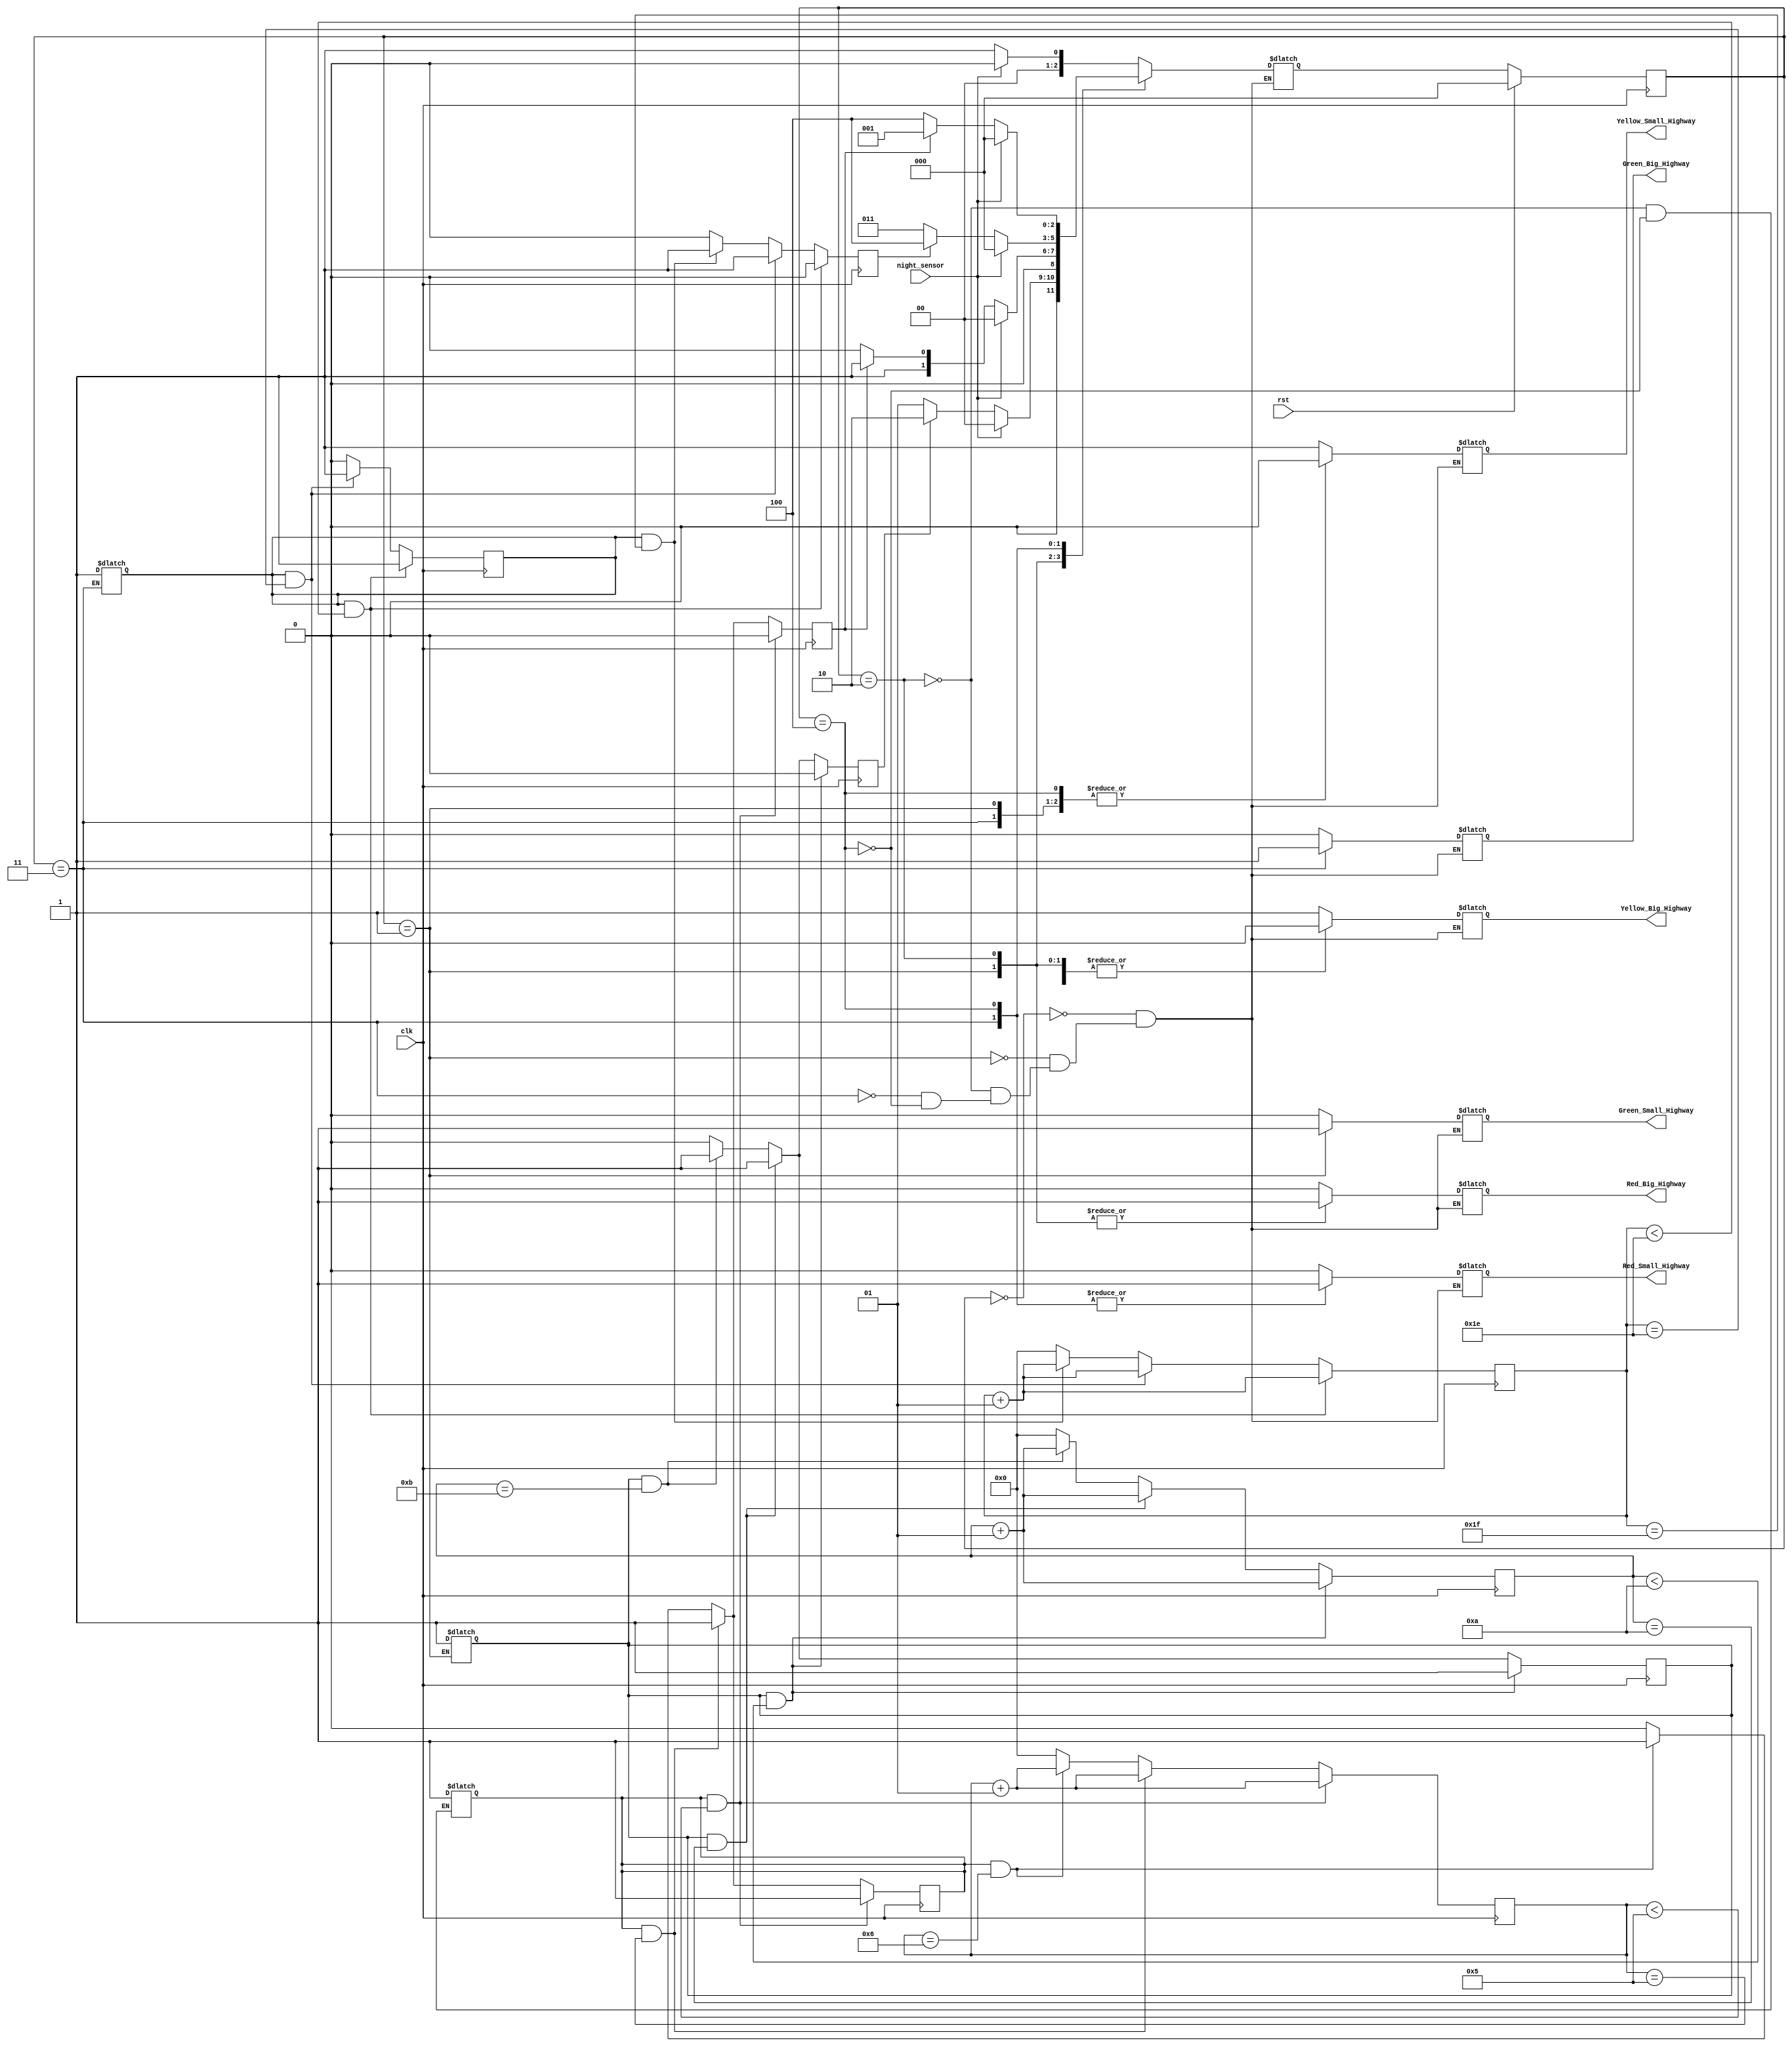
`timescale 1ns / 1ps
//////////////////////////////////////////////////////////////////////////////////
// Company: 
// 
// Design Name: 
// Module Name: TLC
// Project Name: 
// Target Devices: 
// Tool Versions: 
// Description: 
// 
// Dependencies: 
// 
// Revision:
// Revision 0.01 - File Created
// Additional Comments:
// 
//////////////////////////////////////////////////////////////////////////////////


module TLC(
            input clk,
            input rst,
            input night_sensor,
            output reg Red_Big_Highway,
            output reg Red_Small_Highway,
            output reg Yellow_Big_Highway,
            output reg Yellow_Small_Highway,
            output reg Green_Big_Highway,
            output reg Green_Small_Highway
            );
////// BIG HIGHWAY____Small HIGHWAY///////////
parameter Yellow_Yellow = 0;
parameter Red_Green = 1;
parameter Red_Yellow = 2;
parameter Green_Red = 3;
parameter Yellow_Red = 4;
//////////////////////////////////////////////
integer Counter_Delay_5Count_Yellow = 0;
integer Counter_Delay_10Count_Green_Small = 0;
integer Counter_Delay_30Count_Green_Big = 0;
//////////////////////////////////////////////
reg [2:0] Present_State, Next_State;
reg Counter_Delay_5Count_Yellow_Pulse = 0;///////
reg Counter_Delay_10Count_Green_Small_Pulse = 0;//////
reg Counter_Delay_30Count_Green_Big_Pulse = 0;///////
//////////////////////////////////////////////
reg En_Counter_Delay_5Count_Yellow_Pulse = 0;///////
reg En_Counter_Delay_10Count_Green_Small_Pulse = 0;//////
reg En_Counter_Delay_30Count_Green_Big_Pulse = 0;///////
//////////////////////////////////////////////
initial begin
Present_State = Yellow_Yellow;
end
//////////////////////////////////////////////
always@(posedge clk)
    begin
        if (rst)
            Present_State = Yellow_Yellow;
        else 
            Present_State = Next_State;
    end
//////////////////////////////////////////////
always@(posedge clk)
begin
    if (En_Counter_Delay_5Count_Yellow_Pulse ==1 && Counter_Delay_5Count_Yellow < 5) begin
        Counter_Delay_5Count_Yellow = Counter_Delay_5Count_Yellow +1;
        Counter_Delay_5Count_Yellow_Pulse = 0;
        En_Counter_Delay_5Count_Yellow_Pulse = 1;
        end
    else if (En_Counter_Delay_5Count_Yellow_Pulse ==1 && Counter_Delay_5Count_Yellow == 5) begin
        Counter_Delay_5Count_Yellow = Counter_Delay_5Count_Yellow +1;
        Counter_Delay_5Count_Yellow_Pulse = 1;
        En_Counter_Delay_5Count_Yellow_Pulse = 1;
        end
    else if (En_Counter_Delay_5Count_Yellow_Pulse ==1 && Counter_Delay_5Count_Yellow == 6) begin
        Counter_Delay_5Count_Yellow = Counter_Delay_5Count_Yellow +1;
        Counter_Delay_5Count_Yellow_Pulse = 1;
        En_Counter_Delay_5Count_Yellow_Pulse = 1;
        end 
    else begin
        Counter_Delay_5Count_Yellow = 0;
        Counter_Delay_5Count_Yellow_Pulse = 0;
        En_Counter_Delay_5Count_Yellow_Pulse = 0;   
        end  
end
////////////////////////////////////////////// 
//////////////////////////////////////////////
always@(posedge clk)
begin
    if (En_Counter_Delay_10Count_Green_Small_Pulse ==1 && Counter_Delay_10Count_Green_Small < 10) begin
        Counter_Delay_10Count_Green_Small = Counter_Delay_10Count_Green_Small +1;
        Counter_Delay_10Count_Green_Small_Pulse = 0;
        En_Counter_Delay_10Count_Green_Small_Pulse = 1;
        end
    else if (En_Counter_Delay_10Count_Green_Small_Pulse ==1 && Counter_Delay_10Count_Green_Small == 10) begin
        Counter_Delay_10Count_Green_Small = Counter_Delay_10Count_Green_Small +1;
        Counter_Delay_10Count_Green_Small_Pulse = 1;
        En_Counter_Delay_10Count_Green_Small_Pulse = 1;
        end
    else if (En_Counter_Delay_10Count_Green_Small_Pulse ==1 && Counter_Delay_10Count_Green_Small == 11) begin
        Counter_Delay_10Count_Green_Small = Counter_Delay_10Count_Green_Small +1;
        Counter_Delay_10Count_Green_Small_Pulse = 1;
        En_Counter_Delay_10Count_Green_Small_Pulse = 1;
        end 
    else begin
        Counter_Delay_10Count_Green_Small = 0;
        Counter_Delay_10Count_Green_Small_Pulse = 0;
        En_Counter_Delay_10Count_Green_Small_Pulse = 0;   
        end  
end
//////////////////////////////////////////////
//////////////////////////////////////////////
always@(posedge clk)
begin
    if (En_Counter_Delay_30Count_Green_Big_Pulse ==1 && Counter_Delay_30Count_Green_Big < 30) begin
        Counter_Delay_30Count_Green_Big = Counter_Delay_30Count_Green_Big +1;
        Counter_Delay_30Count_Green_Big_Pulse = 0;
        En_Counter_Delay_30Count_Green_Big_Pulse = 1;
        end
    else if (En_Counter_Delay_30Count_Green_Big_Pulse ==1 && Counter_Delay_30Count_Green_Big == 30) begin
        Counter_Delay_30Count_Green_Big = Counter_Delay_30Count_Green_Big +1;
        Counter_Delay_30Count_Green_Big_Pulse = 1;
        En_Counter_Delay_30Count_Green_Big_Pulse = 1;
        end
    else if (En_Counter_Delay_30Count_Green_Big_Pulse ==1 && Counter_Delay_30Count_Green_Big == 31) begin
        Counter_Delay_30Count_Green_Big = Counter_Delay_30Count_Green_Big +1;
        Counter_Delay_30Count_Green_Big_Pulse = 1;
        En_Counter_Delay_30Count_Green_Big_Pulse = 0;
        end 
    else begin
        Counter_Delay_30Count_Green_Big = 0;
        Counter_Delay_30Count_Green_Big_Pulse = 0;
        En_Counter_Delay_30Count_Green_Big_Pulse = 0;   
        end  
end
//////////////////////////////////////////////      
always@(*)
    begin
        case(Present_State)
            Yellow_Yellow:begin
                if (night_sensor)
                    Next_State = Yellow_Yellow;
                else
                    Next_State = Red_Green;
                end
             Red_Green: begin
                if (night_sensor)
                    Next_State = Yellow_Yellow;
                else
                    if (Counter_Delay_10Count_Green_Small_Pulse)
                        Next_State = Red_Yellow;
                    else
                        Next_State = Red_Green;
                end
             Red_Yellow: begin
                if (night_sensor)
                    Next_State = Yellow_Yellow;
                else
                    if (Counter_Delay_5Count_Yellow_Pulse)
                        Next_State = Green_Red;
                    else
                        Next_State = Red_Yellow;
                end
             Green_Red: begin
                if (night_sensor)
                    Next_State = Yellow_Yellow;
                else
                    if (Counter_Delay_30Count_Green_Big_Pulse)
                        Next_State = Yellow_Red;
                    else
                        Next_State = Green_Red;
                end   
             Yellow_Red: begin
                if (night_sensor)
                    Next_State = Yellow_Yellow;
                else
                    if (Counter_Delay_5Count_Yellow_Pulse)
                        Next_State = Red_Green;
                    else
                        Next_State = Yellow_Red;
                end
        endcase
    end    
//////////////////////////////////////////////      
always@(*)
    begin
        case(Present_State)
            Yellow_Yellow:begin
                                Red_Big_Highway=0;
                                Red_Small_Highway=0;
                                Yellow_Big_Highway=1;
                                Yellow_Small_Highway=1;
                                Green_Big_Highway=0;
                                Green_Small_Highway=0;        
             end
             Red_Green: begin
                                Red_Big_Highway=1;
                                Red_Small_Highway=0;
                                Yellow_Big_Highway=0;
                                Yellow_Small_Highway=0;
                                Green_Big_Highway=0;
                                Green_Small_Highway=1;
                                En_Counter_Delay_10Count_Green_Small_Pulse = 1; 
             end
             Red_Yellow: begin
                                Red_Big_Highway=1;
                                Red_Small_Highway=0;
                                Yellow_Big_Highway=0;
                                Yellow_Small_Highway=1;
                                Green_Big_Highway=0;
                                Green_Small_Highway=0;
                                En_Counter_Delay_5Count_Yellow_Pulse = 1;
             end
             Green_Red: begin
                                Red_Big_Highway=0;
                                Red_Small_Highway=1;
                                Yellow_Big_Highway=0;
                                Yellow_Small_Highway=0;
                                Green_Big_Highway=1;
                                Green_Small_Highway=0;
                                En_Counter_Delay_30Count_Green_Big_Pulse = 1;
             end   
             Yellow_Red: begin
                                Red_Big_Highway=0;
                                Red_Small_Highway=1;
                                Yellow_Big_Highway=1;
                                Yellow_Small_Highway=0;
                                Green_Big_Highway=0;
                                Green_Small_Highway=0;
                                En_Counter_Delay_5Count_Yellow_Pulse = 1;
             end
        endcase
    end    
//////////////////////////////////////////////  
endmodule